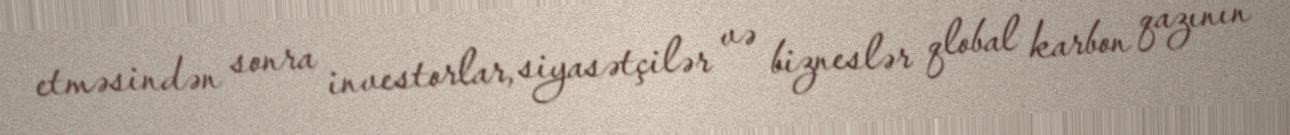
etməsindən sonra investorlar, siyasətçilər və bizneslər qlobal karbon qazının